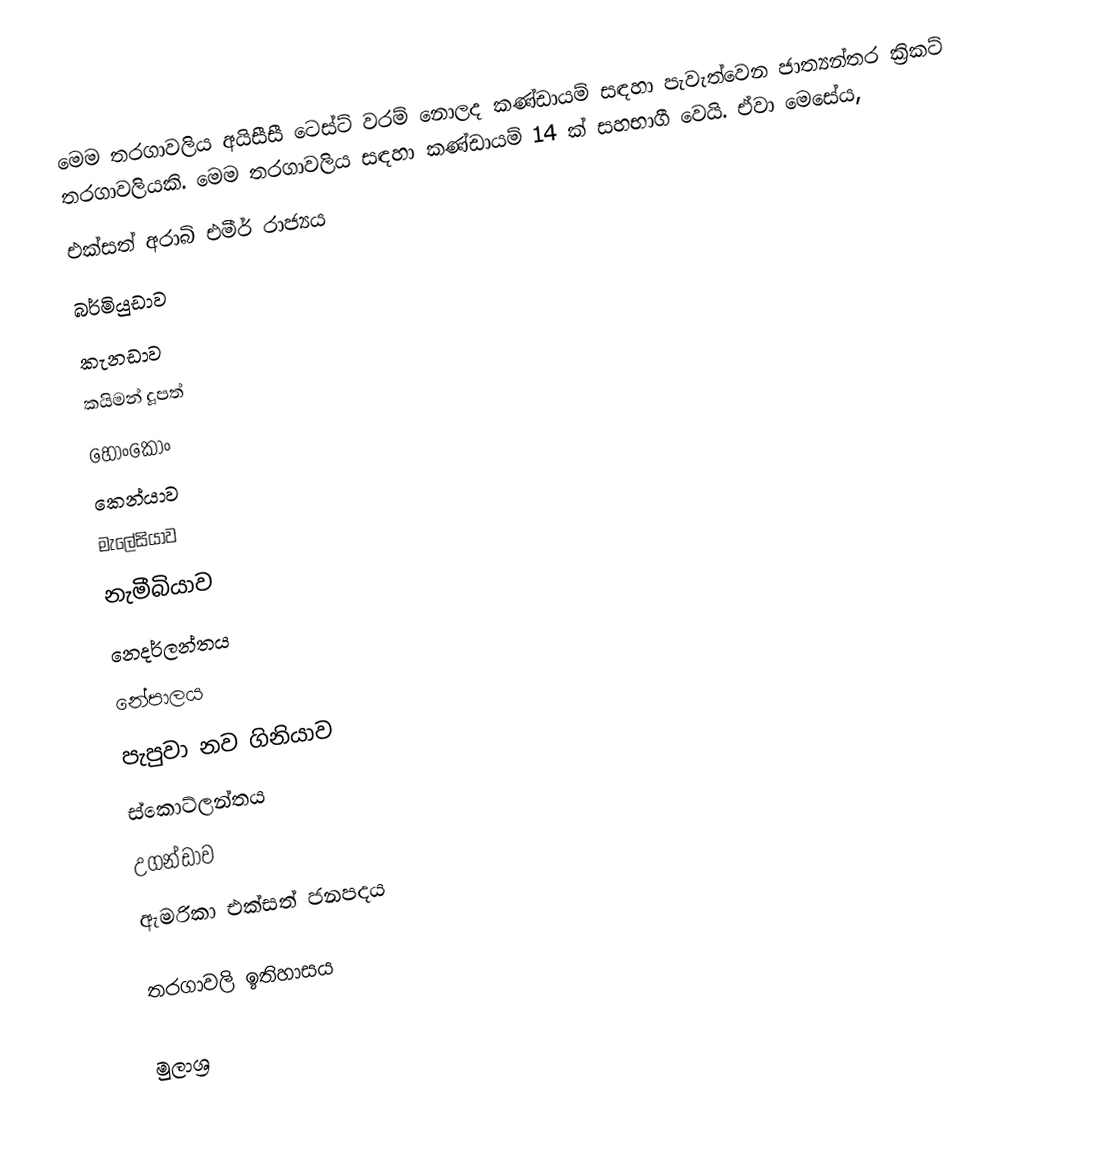
මෙම තරගාවලිය අයිසීසී ටෙස්ට් වරම් නොලද කණ්ඩායම් සඳහා පැවැත්වෙන ජාත්‍යන්තර ක්‍රිකට් තරගාවලියකි. මෙම තරගාවලිය සඳහා කණ්ඩායම් 14 ක් සහභාගී වෙයි. ඒවා මෙසේය,
 එක්සත් අරාබි එමීර් රාජ්‍යය
 බර්මියුඩාව
 කැනඩාව
 කයිමන් දූපත්
 හොංකොං
 කෙන්යාව
 මැලේසියාව
 නැමීබියාව
 නෙදර්ලන්තය
 නේපාලය
 පැපුවා නව ගිනියාව
 ස්කොට්ලන්තය
 උගන්ඩාව
 ඇමරිකා එක්සත් ජනපදය

තරගාවලි ඉතිහාසය

මුලාශ්‍ර